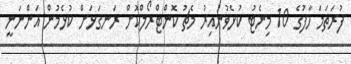
ފުރަތަމަ ހާފުގެ 10 މިނެޓު ކުޅެވުނުއިރު މެޗު ކޮންޓްރޯލްކޮށް ރަނގަޅަށް ކުޅެމުން އަންނަނީ